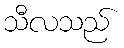
သီလသည်